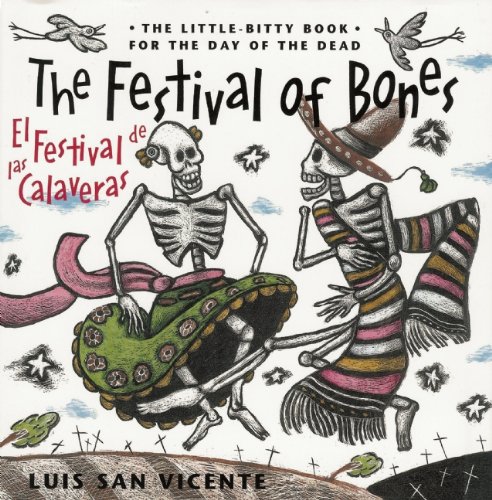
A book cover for The Festival of Bones / El festival de las calaveras; Children's Books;